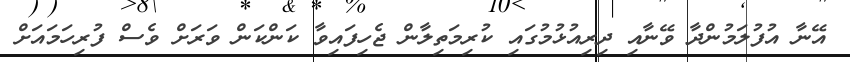
އޭނާ އުފުލަމުންދާ ވޭނާއި ދިރިއުޅުމުގައި ކުރިމަތިލާން ޖެހިފައިވާ ކަންކަން ވަރަށް ވެސް ފުރިހަމައަށް